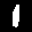
Label: 1